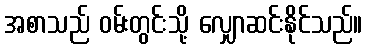
အစာသည် ဝမ်းတွင်းသို့ လျှောဆင်းနိုင်သည်။